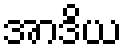
အာဒိယ